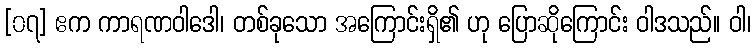
[၀၇] ဧက ကာရဏဝါဒေါ၊ တစ်ခုသော အကြောင်းရှိ၏ ဟု ပြောဆိုကြောင်း ဝါဒသည်။ ဝါ၊